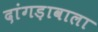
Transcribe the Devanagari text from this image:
दांगड़ावाला